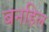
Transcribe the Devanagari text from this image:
बनहिल